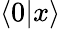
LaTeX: \langle 0|x\rangle